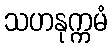
သဟနုက္ကမံ